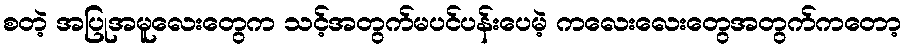
စတဲ့ အပြုအမူလေးတွေက သင့်အတွက်မပင်ပန်းပေမဲ့ ကလေးလေးတွေအတွက်ကတော့